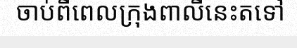
ចាប់ពីពេលក្រុងពាលីនេះតទៅ